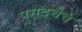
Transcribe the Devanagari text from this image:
पुसदचेच